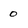
Character: 0